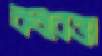
বহুবেত্তা